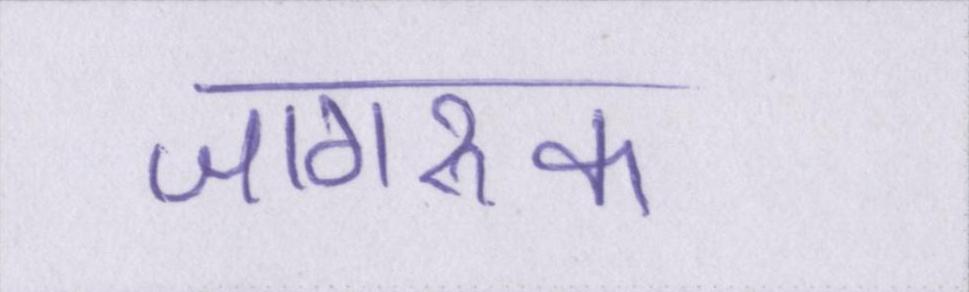
जागरूक